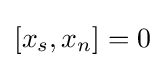
[x_{s},x_{n}]=0